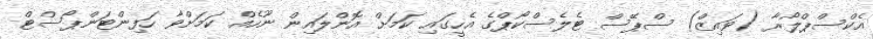
އެކްސްޕްލޯރާ (ވައިޒް) ސްޕޭސް ޓެލެސްކޯޕްގެ އެހީގައި ކަމަށް އޮންލައިން ނޫހެއް ކަމަށްވާ ހަފިންޓަންޕޯސްޓް